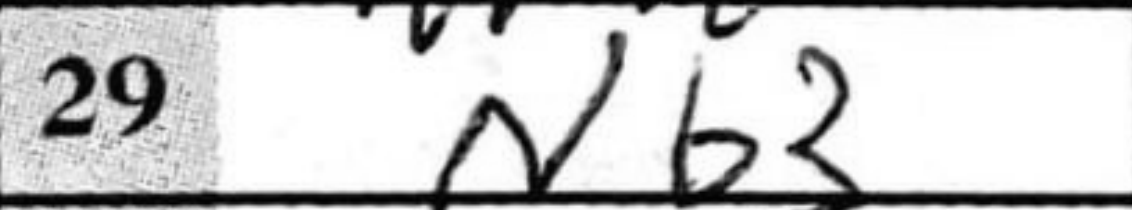
Transcription: Nb3